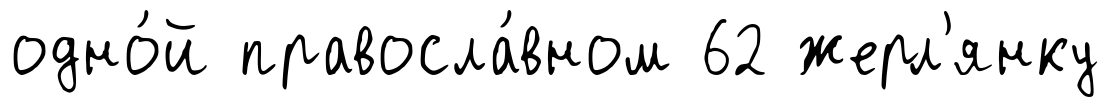
одно́й правосла́вном 62 жерл'янку